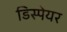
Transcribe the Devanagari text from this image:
डिस्पेयर